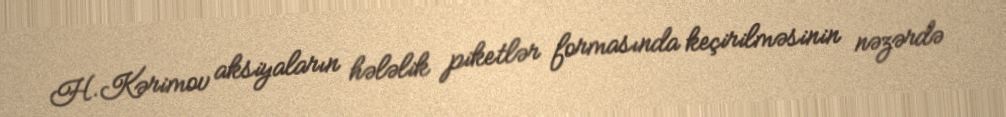
H.Kərimov aksiyaların hələlik piketlər formasında keçirilməsinin nəzərdə